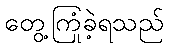
တွေ့ကြုံခဲ့ရသည်